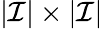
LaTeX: \vert\mathcal{I}\vert\times\vert\mathcal{I}\vert